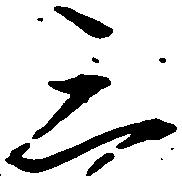
三